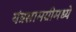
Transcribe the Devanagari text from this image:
यंत्रसामग्रीमध्ये